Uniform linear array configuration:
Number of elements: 24
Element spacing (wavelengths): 1
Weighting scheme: hamming
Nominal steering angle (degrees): -15
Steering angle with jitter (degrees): -14.054
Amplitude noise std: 0.05
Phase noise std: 0.05

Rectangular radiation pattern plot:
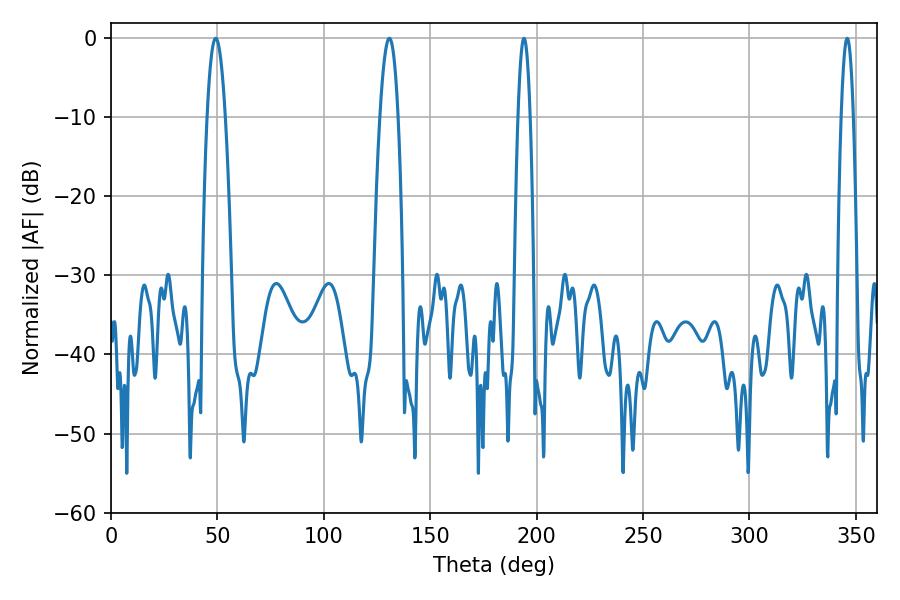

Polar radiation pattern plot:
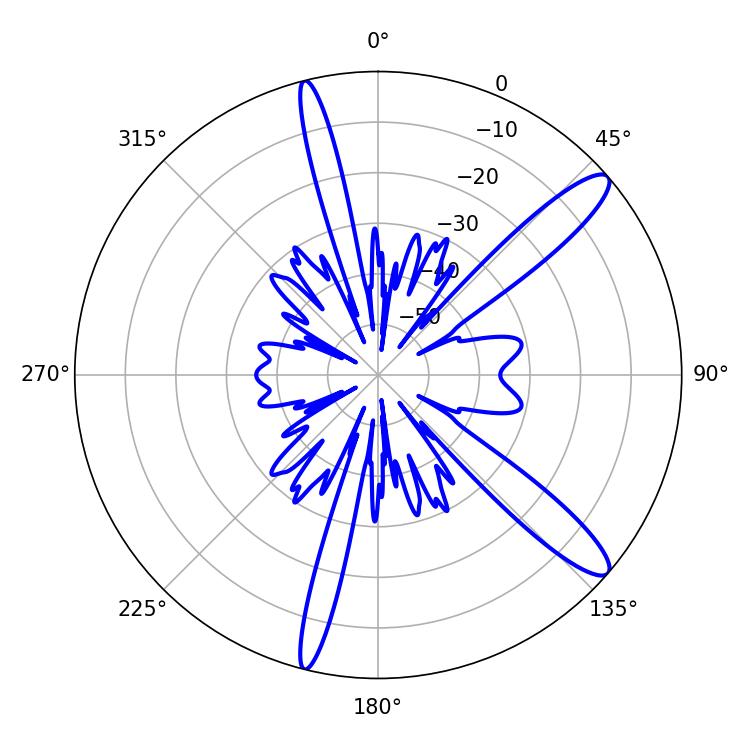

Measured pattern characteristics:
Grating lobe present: TRUE
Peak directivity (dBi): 12.759
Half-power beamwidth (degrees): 3.06
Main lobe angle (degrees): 194.04